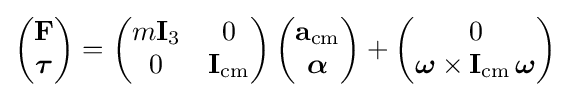
\left({\begin{matrix}{\mathbf {F} }\\{\boldsymbol {\tau }}\end{matrix}}\right)=\left({\begin{matrix}m{\mathbf {I} _{3}}&0\\0&{\mathbf {I} }_{\rm {cm}}\end{matrix}}\right)\left({\begin{matrix}\mathbf {a} _{\rm {cm}}\\{\boldsymbol {\alpha }}\end{matrix}}\right)+\left({\begin{matrix}0\\{\boldsymbol {\omega }}\times {\mathbf {I} }_{\rm {cm}}\,{\boldsymbol {\omega }}\end{matrix}}\right)